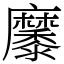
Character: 𪎭